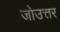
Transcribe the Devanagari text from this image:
जोउत्तर